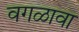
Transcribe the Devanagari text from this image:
वगळावा